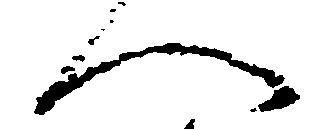
へ